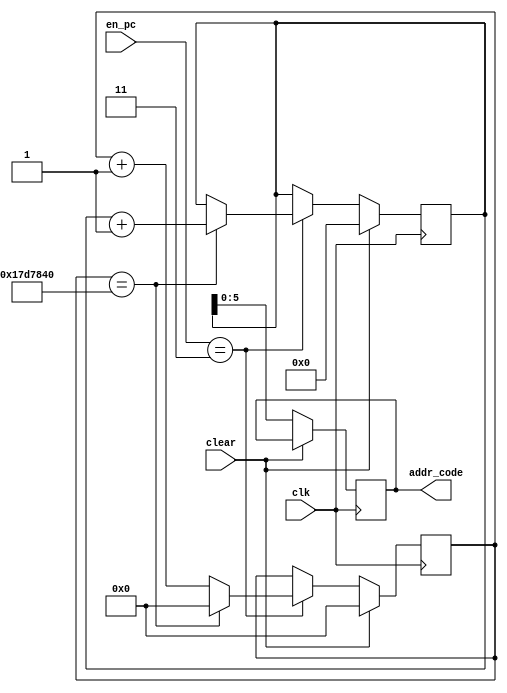
module PC(clk, en_pc, addr_code, clear);
input clk;
input [1:0] en_pc;
input clear;
output reg [5:0] addr_code;

reg [15:0] temp_addr;
reg [31:0] counter;
initial begin
  temp_addr <= 6'b000000;
  counter <= 32'h00000000;
end

always@(posedge clk)
begin
 if (clear == 1)
 begin
  temp_addr <= 6'b000000;
  counter <= 32'h00000000;
 end
 else begin

 case(en_pc)
  2'b01: begin
     addr_code <= addr_code;
  end
  2'b10: begin
   addr_code <= temp_addr;
  end
  2'b11: begin
   counter <= counter + 32'h00000001;
   if (counter == 32'b0000_0001_0111_1101_0111_1000_0100_0000) begin
   temp_addr <= temp_addr + 6'b000001;
   counter <= 32'h00000000;
   end

  end
  default: begin
   temp_addr <= temp_addr;
  end
   
 endcase
 addr_code <= temp_addr;
 end
end
endmodule